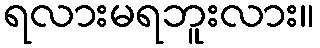
ရလားမရဘူးလား။